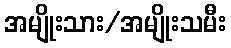
အမျိုးသား/အမျိုးသမီး